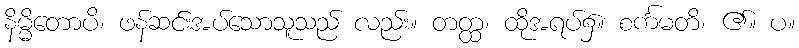
နိမ္မိတောပိ၊ ဖန်ဆင်းအပ်သောသူသည် လည်း။ တတ္ထ၊ ထိုအရပ်၌။ စင်္ကမတိ၊ ၏။ ပ။